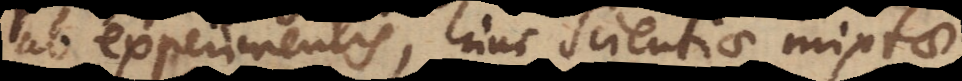
ab experimentis, hinc Scientiae mixtae